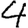
Digit: 4